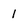
Character: 1